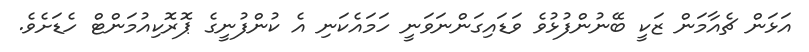
އަޅަން ޗެއާމަން ޒަކީ ބޭނުންފުޅުވެ ވަޑައިގަންނަވަނީ ހަމައެކަނި އެ ކުންފުނީގެ ޕޮރޮކިއުމަންޓް ހެޑަށެވެ.